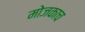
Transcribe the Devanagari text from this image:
मोजकाच